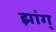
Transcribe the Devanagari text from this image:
झांग्